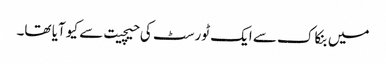
میں بنکاک سے ایک ٹورسٹ کی حیچیت سے کیو آیا تھا۔